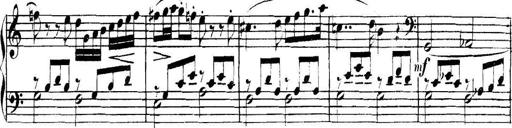
Title: Collected Piano Sonatas
Composer: Muzio Clementi